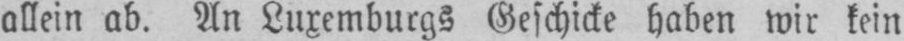
allein ab. An Luxemburgs Geschicke haben wir kein